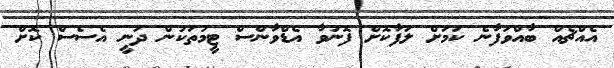
އެއްޗެއް ބާއްވަފާނެ ކަމަށް ލަފާކޮށް ފޮނުވާ އެޑްވާންސް ޓީމުތަކުން ދަނީ އެސެސް ކޮށް